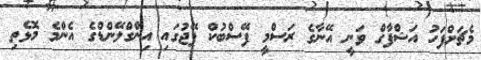
މެޗަށްފަހު އަޝްފާގް ވަނީ އޭނާގެ ރަސްމީ ފޭސްބުކް ޕޭޖުގައި އިންގްލޭންޑްގެ އެންމެ މޮޅެތި